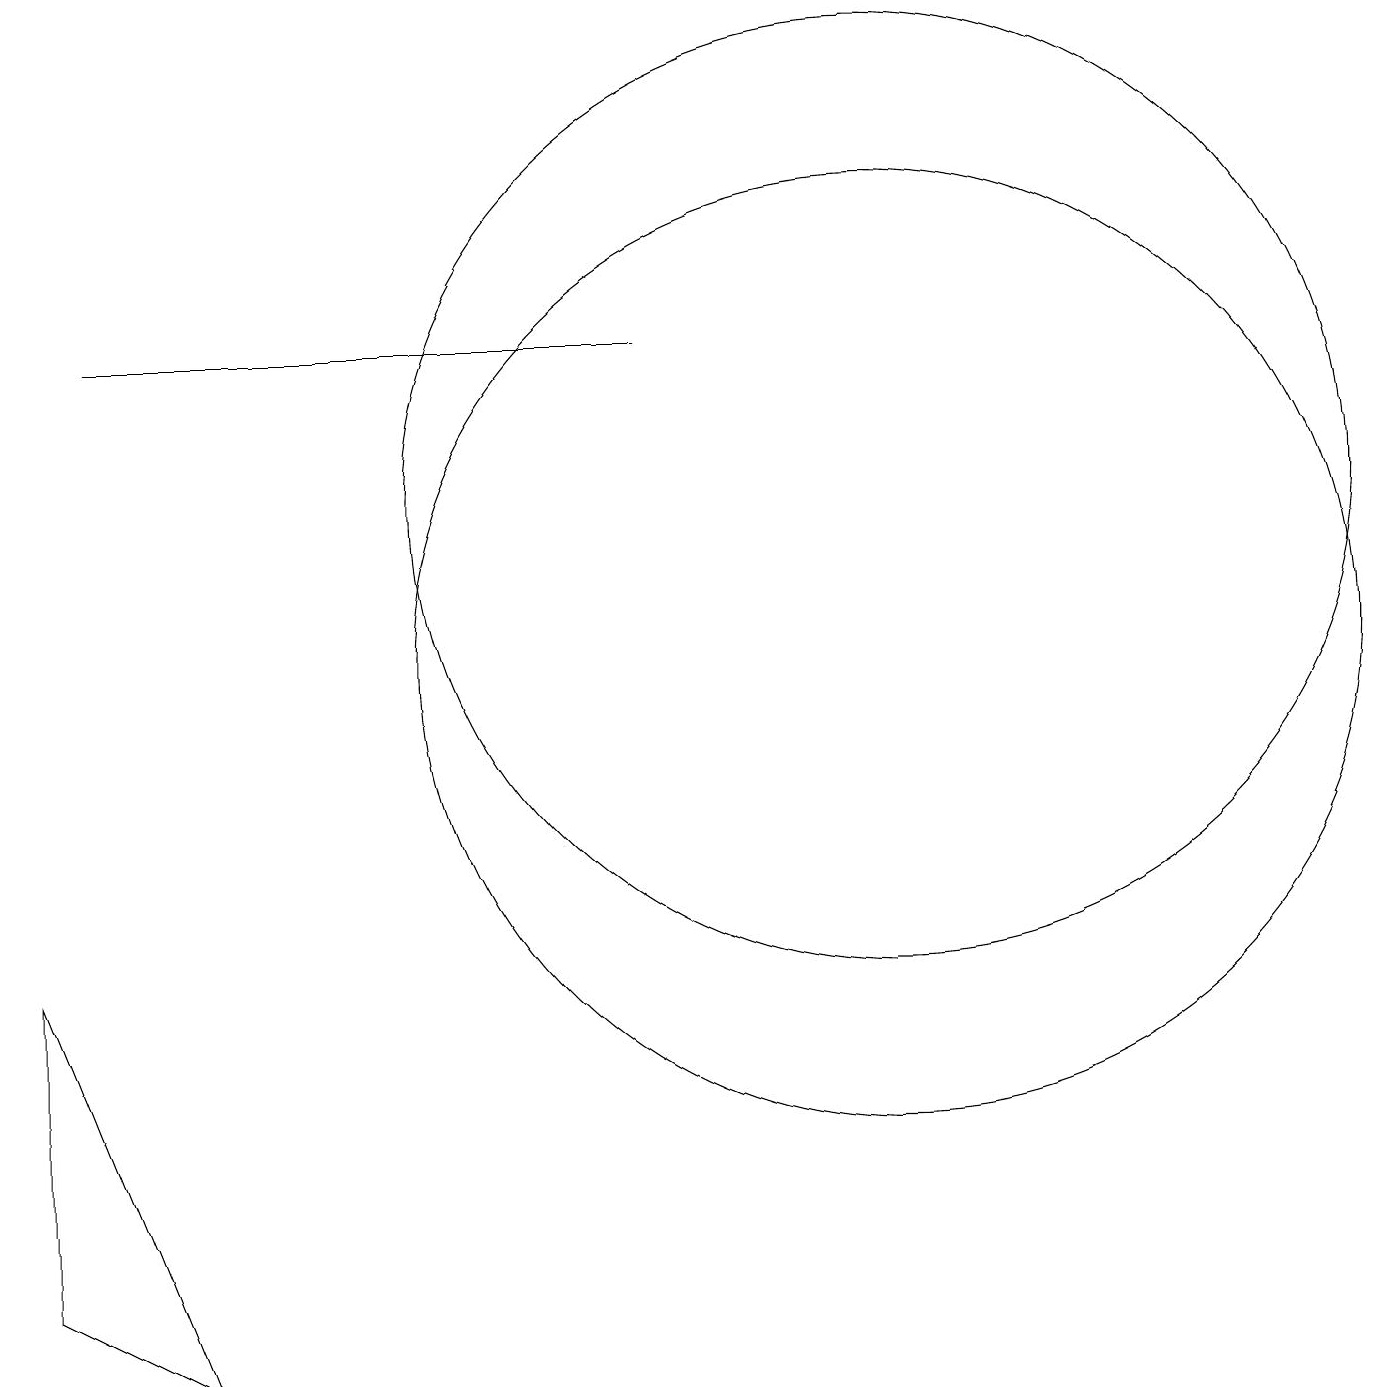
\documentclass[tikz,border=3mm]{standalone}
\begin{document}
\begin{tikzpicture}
\draw (2,1) -- (0,2) -- (0,6) -- cycle;
\draw (11,12) circle (6);
\draw (10,12) circle (0);
\draw (11,10) circle (6);
\draw (1,14) rectangle (8,14);
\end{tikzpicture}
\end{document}